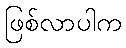
ဖြစ်လာပါက